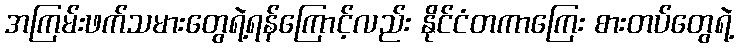
အကြမ်းဖက်သမားတွေရဲ့ရန်ကြောင့်လည်း နိုင်ငံတကာကြေး စားတပ်တွေရဲ့